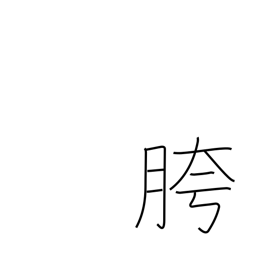
Meaning: crotch